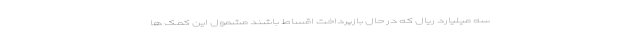
سه میلیارد ریال که در حال بازپرداخت اقساط باشند مشمول این کمک ها